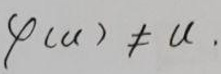
\(\varphi(u)\neq u.\)